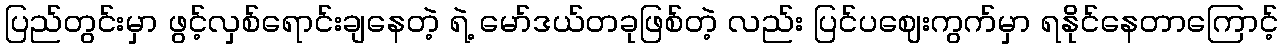
ပြည်တွင်းမှာ ဖွင့်လှစ်ရောင်းချနေတဲ့ ရဲ့ မော်ဒယ်တခုဖြစ်တဲ့ လည်း ပြင်ပဈေးကွက်မှာ ရနိုင်နေတာကြောင့်